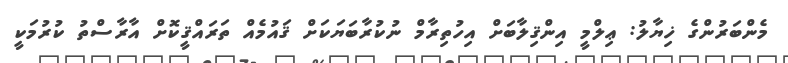
މެންބަރުންގެ ޚިޔާލު: ޢިލްމީ އިންޤިލާބަށް އިހުތިރާމް ނުކުރާބަޔަކަށް ޤައުމެއް ތަރައްޤީކޮށް އާރާސްތު ކުރުމަކީ